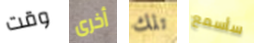
وقت أخرى تلك سأسمع